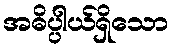
အဓိပ္ပါယ်ရှိသော